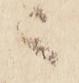
ニ